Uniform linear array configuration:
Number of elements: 64
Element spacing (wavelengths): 0.25
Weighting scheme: uniform
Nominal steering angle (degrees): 60
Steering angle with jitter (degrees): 60.244
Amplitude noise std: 0.05
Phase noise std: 0.05

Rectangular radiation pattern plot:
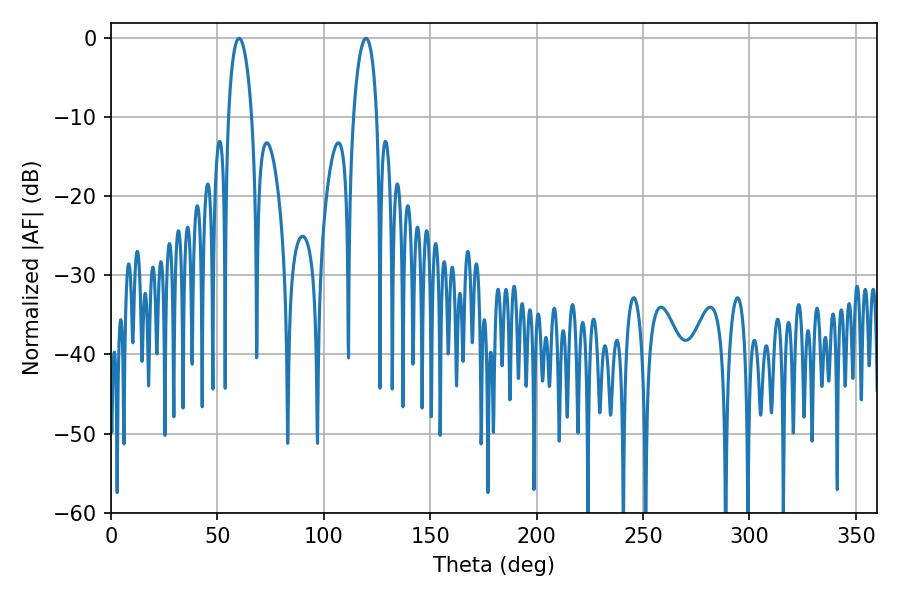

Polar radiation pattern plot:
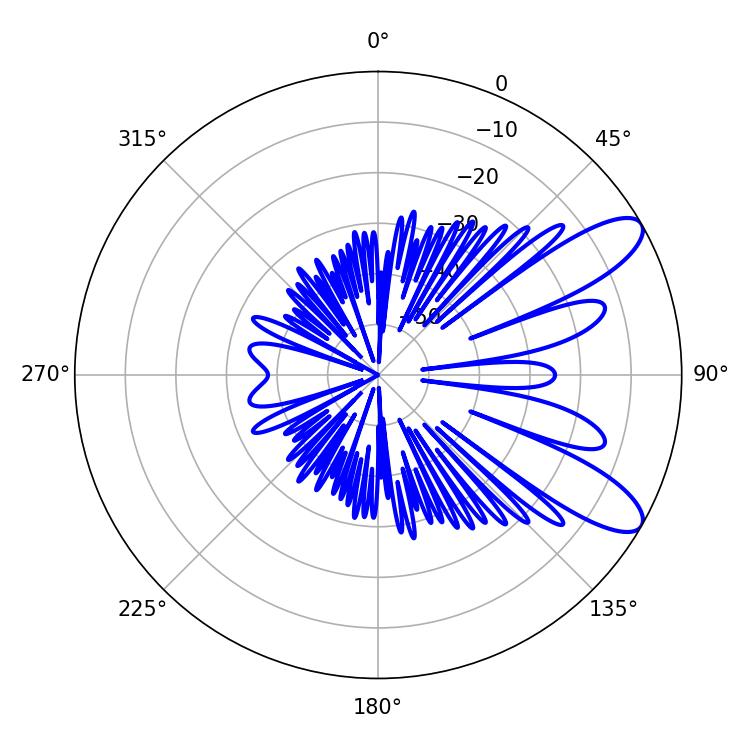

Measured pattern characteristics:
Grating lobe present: FALSE
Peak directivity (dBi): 9.668
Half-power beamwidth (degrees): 6.3
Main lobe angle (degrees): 60.12